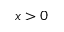
x > 0